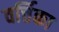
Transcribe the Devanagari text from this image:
वर्त्तिका